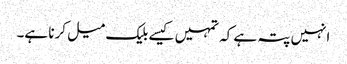
انہیں پتہ ہے کہ تمہیں کیسے بلیک میل کرنا ہے۔